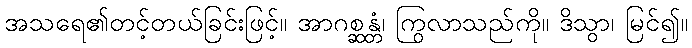
အသရေ၏တင့်တယ်ခြင်းဖြင့်။ အာဂစ္ဆန္တံ၊ ကြွလာသည်ကို။ ဒိသွာ၊ မြင်၍။